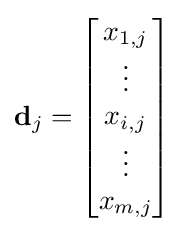
{\textbf {d}}_{j}={\begin{bmatrix}x_{1,j}\\\vdots \\x_{i,j}\\\vdots \\x_{m,j}\\\end{bmatrix}}